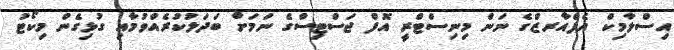
އިސްލާމިކް އެފެއާރޒްގެ ނަން މިނިސްޓްރީ އޮފް ޖަސްޓިސްގެ ނަމަށް ބަދަލުކުރެއްވުމާއި ގުޅިގެން މިކޯޓު